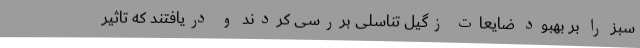
سبز را بر بهبود ضایعات زگیل تناسلی بررسی کردند و دریافتند که تاثیر